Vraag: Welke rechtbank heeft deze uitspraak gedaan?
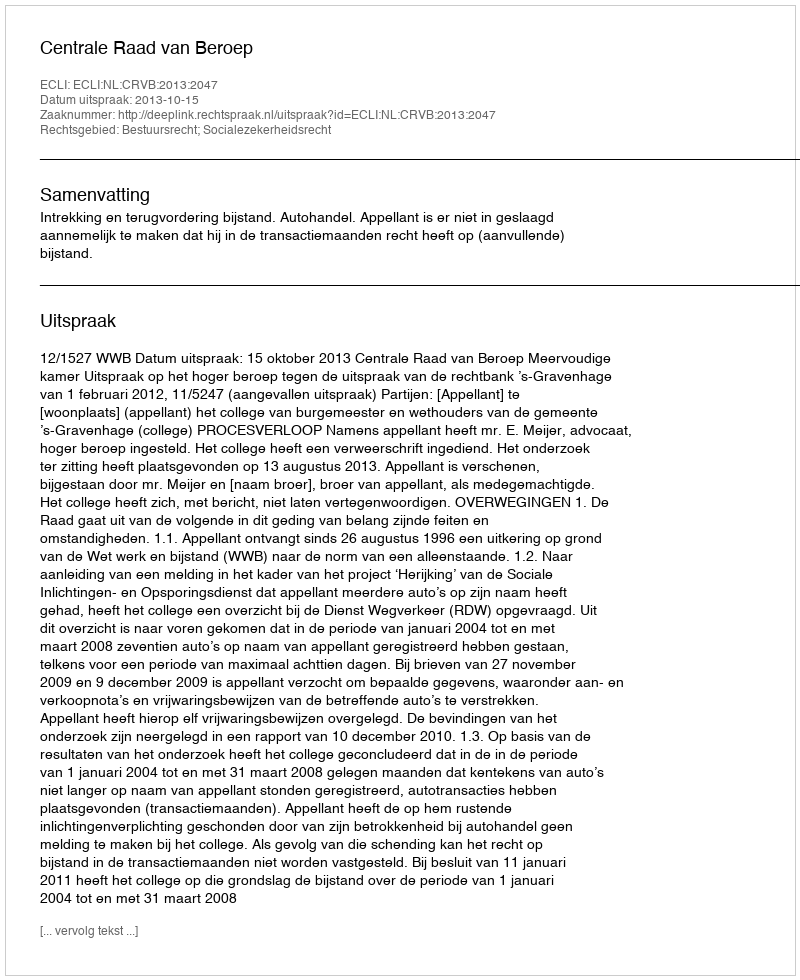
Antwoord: Centrale Raad van Beroep